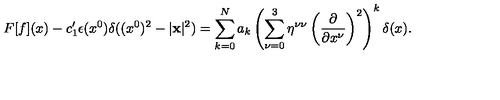
F [ f ] ( x ) - c _ { 1 } ^ { \prime } \epsilon ( x ^ { 0 } ) \delta ( ( x ^ { 0 } ) ^ { 2 } - | { \bf x } | ^ { 2 } ) = \sum _ { k = 0 } ^ { N } a _ { k } \left( \sum _ { \nu = 0 } ^ { 3 } \eta ^ { \nu \nu } \left( \frac { \partial } { \partial x ^ { \nu } } \right) ^ { 2 } \right) ^ { k } \delta ( x ) .